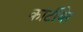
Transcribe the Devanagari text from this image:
कार्टीयेर